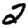
Digit: 2